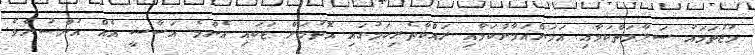
މުޖުތަމައު ސަލާމަތްކަމާއި އަމަންއަމާންކަމާއި ރައްކާތެރިކަމުގައި އޮތުމަށް ޓަކައި އެންމެ އަސާސީ އެއް އުންސުރެވެ.